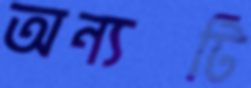
অন্যটি